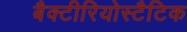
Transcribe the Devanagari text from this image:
बैक्टीरियोस्टैटिक